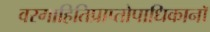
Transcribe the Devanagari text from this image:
वरगाहितिप्राप्तोपाधिकानॉ